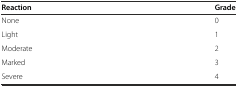
| Reaction | Grade |
 | --- | --- |
 | None | 0 |
 | Light | 1 |
 | Moderate | 2 |
 | Marked | 3 |
 | Severe | 4 |